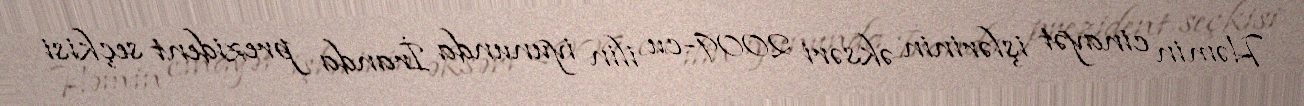
Həmin cinayət işlərinin əksəri 2009-cu ilin iyununda İranda prezident seçkisi